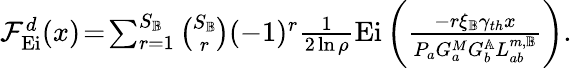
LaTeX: \begin{array}{r}{\mathcal{F}_{\mathrm{Ei}}^{d}(x)\! =\! \sum_{r=1}^{S_{\mathbb{B}}}\binom{S_{\mathbb{B}}}{r}(-1)^{r}\frac{1}{2\ln{\rho}}\mathrm{Ei}\left({\frac{-r\xi_{\mathbb{B}}\gamma_{th}x}{P_{a}G_{a}^{M}G_{b}^{\mathbb{A}}L_{ab}^{m,\mathbb{B}}}}\right).}\end{array}